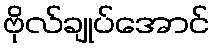
ဗိုလ်ချုပ်အောင်